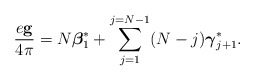
\begin{align*}\frac{e{\bf g}}{4\pi} = N{\mbox{\boldmath $\beta$}}_1^*+ \sum_{j=1}^{j=N-1}(N-j){\mbox{\boldmath $\gamma$}}_{j+1}^* .\end{align*}